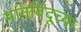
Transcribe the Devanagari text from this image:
मानबिंदूच्या